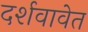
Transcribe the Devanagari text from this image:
दर्शवावेत